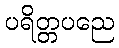
ပရိတ္တပညေ